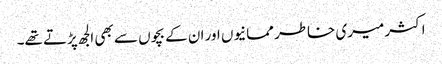
اکثر میری خاطر ممانیوں اور ان کے بچوں سے بھی الجھ پڑتے تھے۔